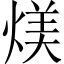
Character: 𪹏